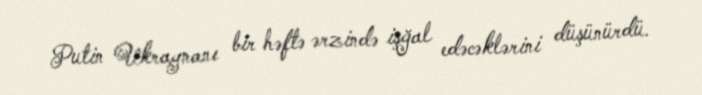
Putin Ukraynanı bir həftə ərzində işğal edəcəklərini düşünürdü.